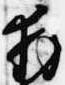
拝